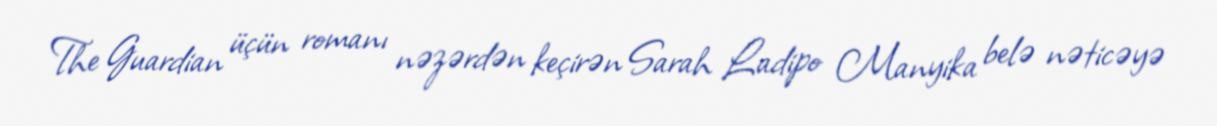
The Guardian üçün romanı nəzərdən keçirən Sarah Ladipo Manyika belə nəticəyə